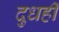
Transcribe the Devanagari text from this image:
दुधही